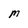
Character: M